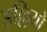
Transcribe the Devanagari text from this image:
इल्लियो